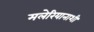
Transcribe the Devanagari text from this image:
मलेरियानाशी